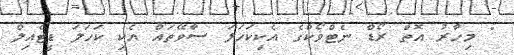
" މިހާރު އޮތް ރޯޑް ނެޓްވޯކްގެ އެކިކަހަލަ ސާވޭތައް އެކި ކަހަލަ ޑީޓެއިލް